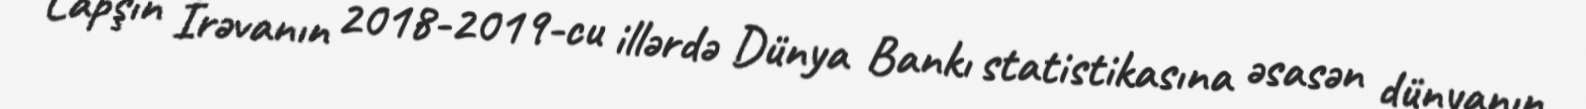
Lapşin İrəvanın 2018-2019-cu illərdə Dünya Bankı statistikasına əsasən dünyanın